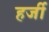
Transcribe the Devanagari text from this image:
हर्जी